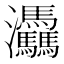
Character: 𤆀